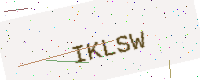
Text: IKLSW